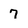
Character: 7